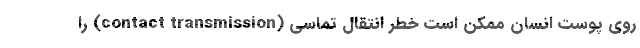
روی پوست انسان ممکن است خطر انتقال تماسی (contact transmission) را